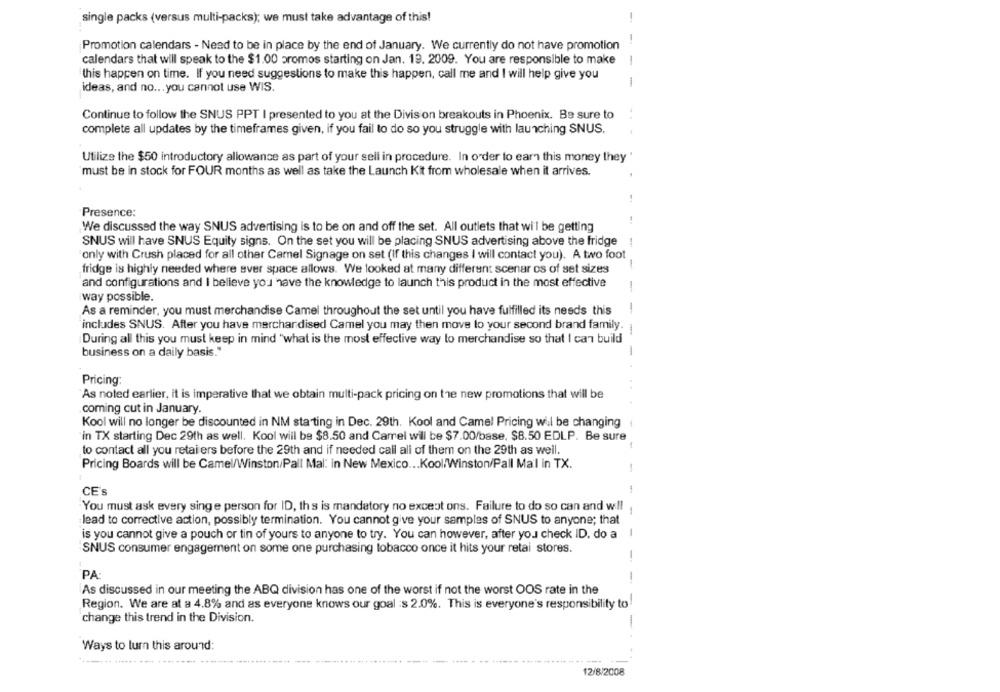
single packs (versus multi-packs); we must take advantage of this!
Promotion calendars - Need to be in place by the end of January. We currently do not have promotion
calendars that will speak to the $1.00 promos starting on Jan. 19. 2009. You are responsible to make
this happen on time. If you need suggestions to make this happen, call me and I will help give you
---
ideas, and no ... you cannot use WIS.
Continue to follow the SNUS PPT I presented to you at the Division breakouts in Phoenix. Be sure to
complete all updates by the timeframes given, if you fail to do so you struggle with launching SNUS.
Utilize the $50 introductory allowance as part of your sell in procedure. In order to earn this money they
"must be in stock for FOUR months as well as take the Launch Kit from wholesale when it arrives.
Presence:
We discussed the way SNUS advertising is to be on and off the set. All outlets that will be getting
SNUS will have SNUS Equity signs. On the set you will be placing SNUS advertising above the fridge
only with Crush placed for all other Camel Signage on set (If this changes I will contact you). A two foot
fridge is highly needed where ever space allows. We looked at many different scenar os of set sizes
-
and configurations and I believe you have the knowledge to launch this product in the most effective
way possible.
As a reminder, you must merchandise Camel throughout the set until you have fulfilled its needs this
includes SNUS. After you have merchandised Camel you may then move to your second brand family.
During all this you must keep in mind "what is the most effective way to merchandise so that I can build
business on a daily basis."
--
Pricing:
As noted earlier, it is imperative that we obtain multi-pack pricing on the new promotions that will be
coming cut in January.
Kool will no longer be discounted in NM starting in Dec. 29th. Kool and Camel Pricing wil be changing
in TX starting Dec 29th as well. Kool will be $8.50 and Carrel will be $7.00/base, $8.50 EDLP. Be sure
to contact all you retai ers before the 29th and if needed call all of them on the 29th as well.
Pricing Boards will be Camel/Winston/Pall Mal: in New Mexico ... Kool/Winston/Pall Mail in TX.
CE's
You must ask every singe person for ID, ths is mandatory no excest ons. Failure to do so can and will
lead to corrective action, possibly termination. You cannot give your samples of SNUS to anyone; that
is you cannot give a pouch or tin of yours to anyone to try. You can however, after you check ID. do a
SNUS consumer engagement on some one purchasing lobacco once it hits your retai stores.
-
PA:
As discussed in our meeting the ABQ division has one of the worst if not the worst OOS rate in the
Region. We are at a 4.8% and as everyone knows our goal :s 2.0%. This is everyone's responsibility to
change this trend in the Division.
Ways to turn this around:
12/8/2008